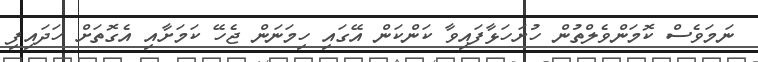
ނަމަވެސް ކޮމަންވެލްތުން ހުށަހަޅާފައިވާ ކަންކަން އޭގައި ހިމަނަން ޖެހޭ ކަމަށާއި އެގޮތަށް ހަދައިފި